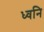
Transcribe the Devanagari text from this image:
ध्‍वनि